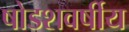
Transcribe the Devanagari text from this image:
षोडशवर्षीय